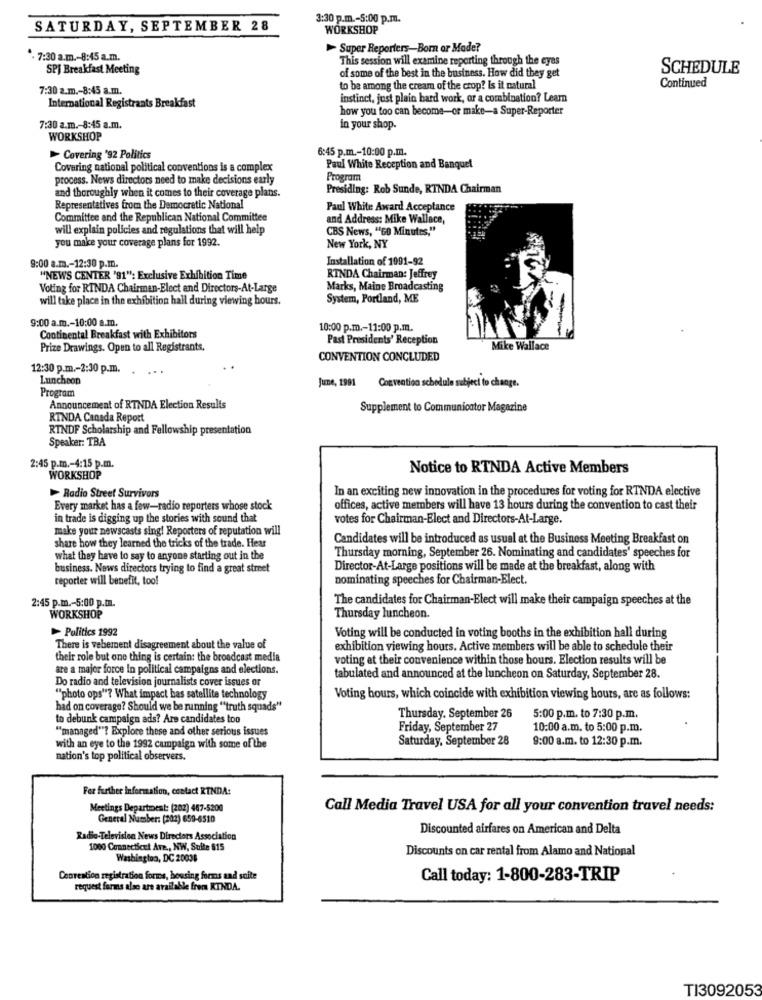
3:30 p.m .- 5:00 p.m.
SATURDAY, SEPTEMBER 28
WORKSHOP
Super Reporters-Born or Mode?
. 7:30 a.m .- 8:45 a.m.
This session will examine reporting through the eyes
SPJ Breakfast Meeting
SCHEDULE
of some of the best in the business. How did they get
Continued
7:30 a.m .- 8:45 a.m.
to be among the cream of the crop? Is it natural
International Registrants Breakfast
instinct, just plain bard work, or a combination? Learn
how you too can become-or make-a Super-Reporter
7:30 a.m .- 8:45 a.m.
in your shop.
WORKSHOP
6:45 p.m .- 10:00 p.m.
Covering '92 Politics
Covering national political conventions is a complex
Paul White Reception and Banquet
process. News directors need to make decisions early
Program
Presiding: Rob Sunde, RINDA Chairman
and thoroughly when it comes to their coverage plans.
Representatives from the Democratic National
Paul White Award Acceptance
Committee and the Republican National Committee
and Address: Mike Wallace,
will explain policies and regulations that will help
CBS News, "60 Minutes,"
you make your coverage plans for 1992.
New York, NY
9:00 a.m .- 12:30 p.m.
Installation of 1991-92
"NEWS CENTER '91": Exclusive Exhibition Time
RINDA Chairman: Jeffrey
Voting for RINDA Chairman-Elect and Directors-At-Large
Marks, Maine Broadcasting
will take place in the exhibition hall during viewing hours.
System, Portland, ME
9:00 a.m .- 10:00 a.m.
10:00 p.m .- 11:00 p.m.
Continental Breakfast with Exhibitors
Past Presidents' Reception
Prize Drawings. Open to all Registrants.
Mike Wallace
CONVENTION CONCLUDED
12:30 p.m .- 2:30 p.m.
Luncheon
Program
June, 1991 Convention schedule subject to change.
Announcement of RTNDA Election Results
Supplement to Communicator Magazine
RINDA Canada Report
RINDF Scholarship and Fellowship presentation
Speaker: TBA
2:45 p.m .- 4:15 p.m.
Notice to RTNDA Active Members
WORKSHOP
In an exciting new innovation in the procedures for voting for RTNDA elective
Radio Street Survivors
Every market has a few-radio reporters whose stock
offices, active members will have 13 hours during the convention to cast their
in trade is digging up the stories with sound that
votes for Chairman-Elect and Directors-At-Large.
make your newscasts sing! Reporters of reputation will
share how they learned the tricks of the trade. Hear
Candidates will be introduced as usual at the Business Meeting Breakfast on
Thursday morning, September 26. Nominating and candidates' speeches for
what they have to say to anyone starting out in the
business. News directors trying to find a great street
Director-At-Large positions will be made at the breakfast, along with
reporter will benefit, too!
nominating speeches for Chairman-Elect.
2:45 p.m .- 5:00 p.m.
The candidates for Chairman-Elect will make their campaign speeches at the
WORKSHOP
Thursday luncheon.
Politics 1992
Voting will be conducted in voting booths in the exhibition hall during
There is vehement disagreement about the value of
exhibition viewing hours. Active members will be able to schedule their
their role but one thing is certain: the broadcast media
voting et their convenience within those hours. Election results will be
are a major force in political campaigns and elections.
tabulated and announced at the luncheon on Saturday, September 28.
Do radio and television journalists cover issues or
""photo ops"? What impact bas satellite technology
Voting hours, which coincide with exhibition viewing hours, are as follows:
had on coverage? Should we be running ""truth squads"
to debunk campaign ads? Are candidates too
Thursday, September 26
5:00 p.m. to 7:30 p.m.
"managed"? Explore these and other serious issues
Friday, September 27
10:00 a.m. to 5:00 p.m.
Saturday, September 28
9:00 a.m. to 12:30 p.m.
with an eye to the 1992 campaign with some of the
nation's top political observers.
For further information, contact RINDA:
Meetings Department: [202) 467-5200
Call Media Travel USA for all your convention travel needs:
General Number: (202) 659-6510
Discounted airfares on American and Delta
Radio-Television News Directors Association
1000 Connecticut Are ., NW, Suite 815
Discounts on car rental from Alamo and National
Washington, DC 20036
Convention registration forms, housing forms and suite
Call today: 1-800-283-TRIP
request forans also are available from KINDA.
TI3092053